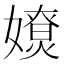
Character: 𡢴